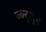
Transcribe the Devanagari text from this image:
ज्ब्न्द्जुन